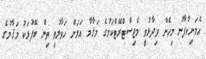
އެމަނިކުފާނު މިހެން ވިދާޅުވީ މެޖިސްޓްރޭޓްކަމުގެ މަޤާމާ އަލަށް ހަވާލުވި ތިން ބޭފުޅަކު މަޤާމުގެ